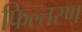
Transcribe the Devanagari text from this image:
फिल्तरण